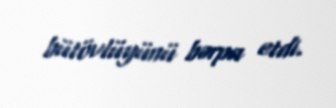
bütövlüyünü bərpa etdi.